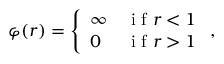
\varphi ( r ) = \left\{ \begin{array} { l l } { \infty } & { \mathrm { ~ i ~ f ~ } r < 1 } \\ { 0 } & { \mathrm { ~ i ~ f ~ } r > 1 } \end{array} \right. ,